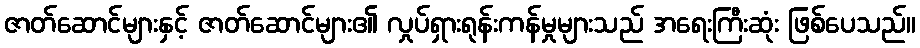
ဇာတ်ဆောင်များနှင့် ဇာတ်ဆောင်များ၏ လှုပ်ရှားရုန်းကန်မှုများသည် အရေးကြီးဆုံး ဖြစ်ပေသည်။